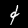
Label: 4